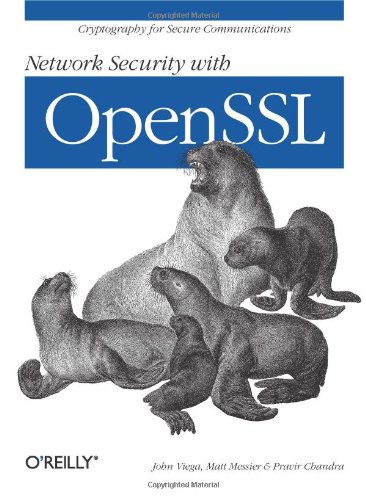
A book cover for Network Security with OpenSSL; John Viega; Computers & Technology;